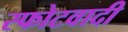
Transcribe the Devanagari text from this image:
स्फोटवादी